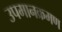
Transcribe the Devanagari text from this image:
उपमानक्रमण